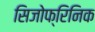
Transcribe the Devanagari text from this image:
सिजोफ्रिनिक